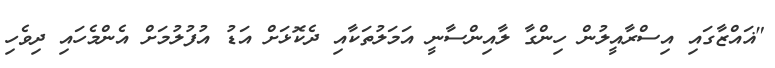
"ޣައްޒާގައި އިސްރާއީލުން ހިންގާ ލާއިންސާނީ އަމަލުތަކާއި ދެކޮޅަށް އަޑު އުފުލުމަށް އެންމެހައި ދިވެހި